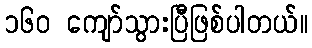
၁၆၀ ကျော်သွားပြီဖြစ်ပါတယ်။